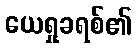
ယေရှုခရစ်၏